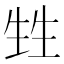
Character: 甡